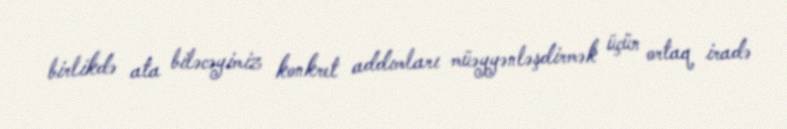
birlikdə ata biləcəyimiz konkret addımları müəyyənləşdirmək üçün ortaq iradə